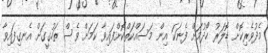
މެދުވެރިކޮށް ޑޮލަރު ހޯދުމަށް ފެނަކަ އިން މަސައްކަތްކޮށްފައިވާ ކަމަށް ވެސް ތަހުގީގަށް އެނގިފައިވާ